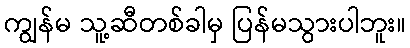
ကျွန်မ သူ့ဆီတစ်ခါမှ ပြန်မသွားပါဘူး။